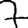
Digit: 7